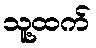
သူ့ထက်